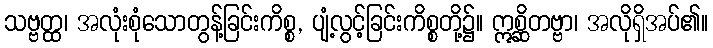
သဗ္ဗတ္ထ၊ အလုံးစုံသောတွန့်ခြင်းကိစ္စ, ပျံ့လွင့်ခြင်းကိစ္စတို့၌။ ဣစ္ဆိတဗ္ဗာ၊ အလိုရှိအပ်၏။